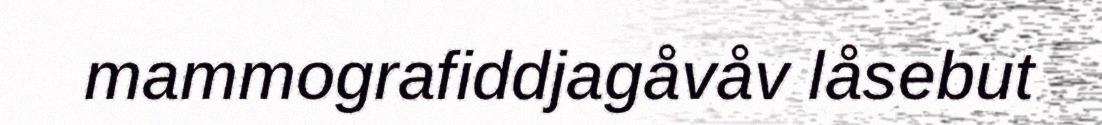
mammografiddjagåvåv låsebut